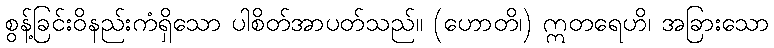
စွန့်ခြင်းဝိနည်းကံရှိသော ပါစိတ်အာပတ်သည်။ (ဟောတိ၊) ဣတရေဟိ၊ အခြားသော